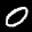
Label: 0